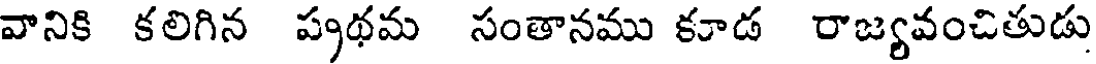
వానికి కలిగిన ప్రథమ సంతానము కూడ రాజ్యవంచితుడు